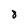
Character: 8